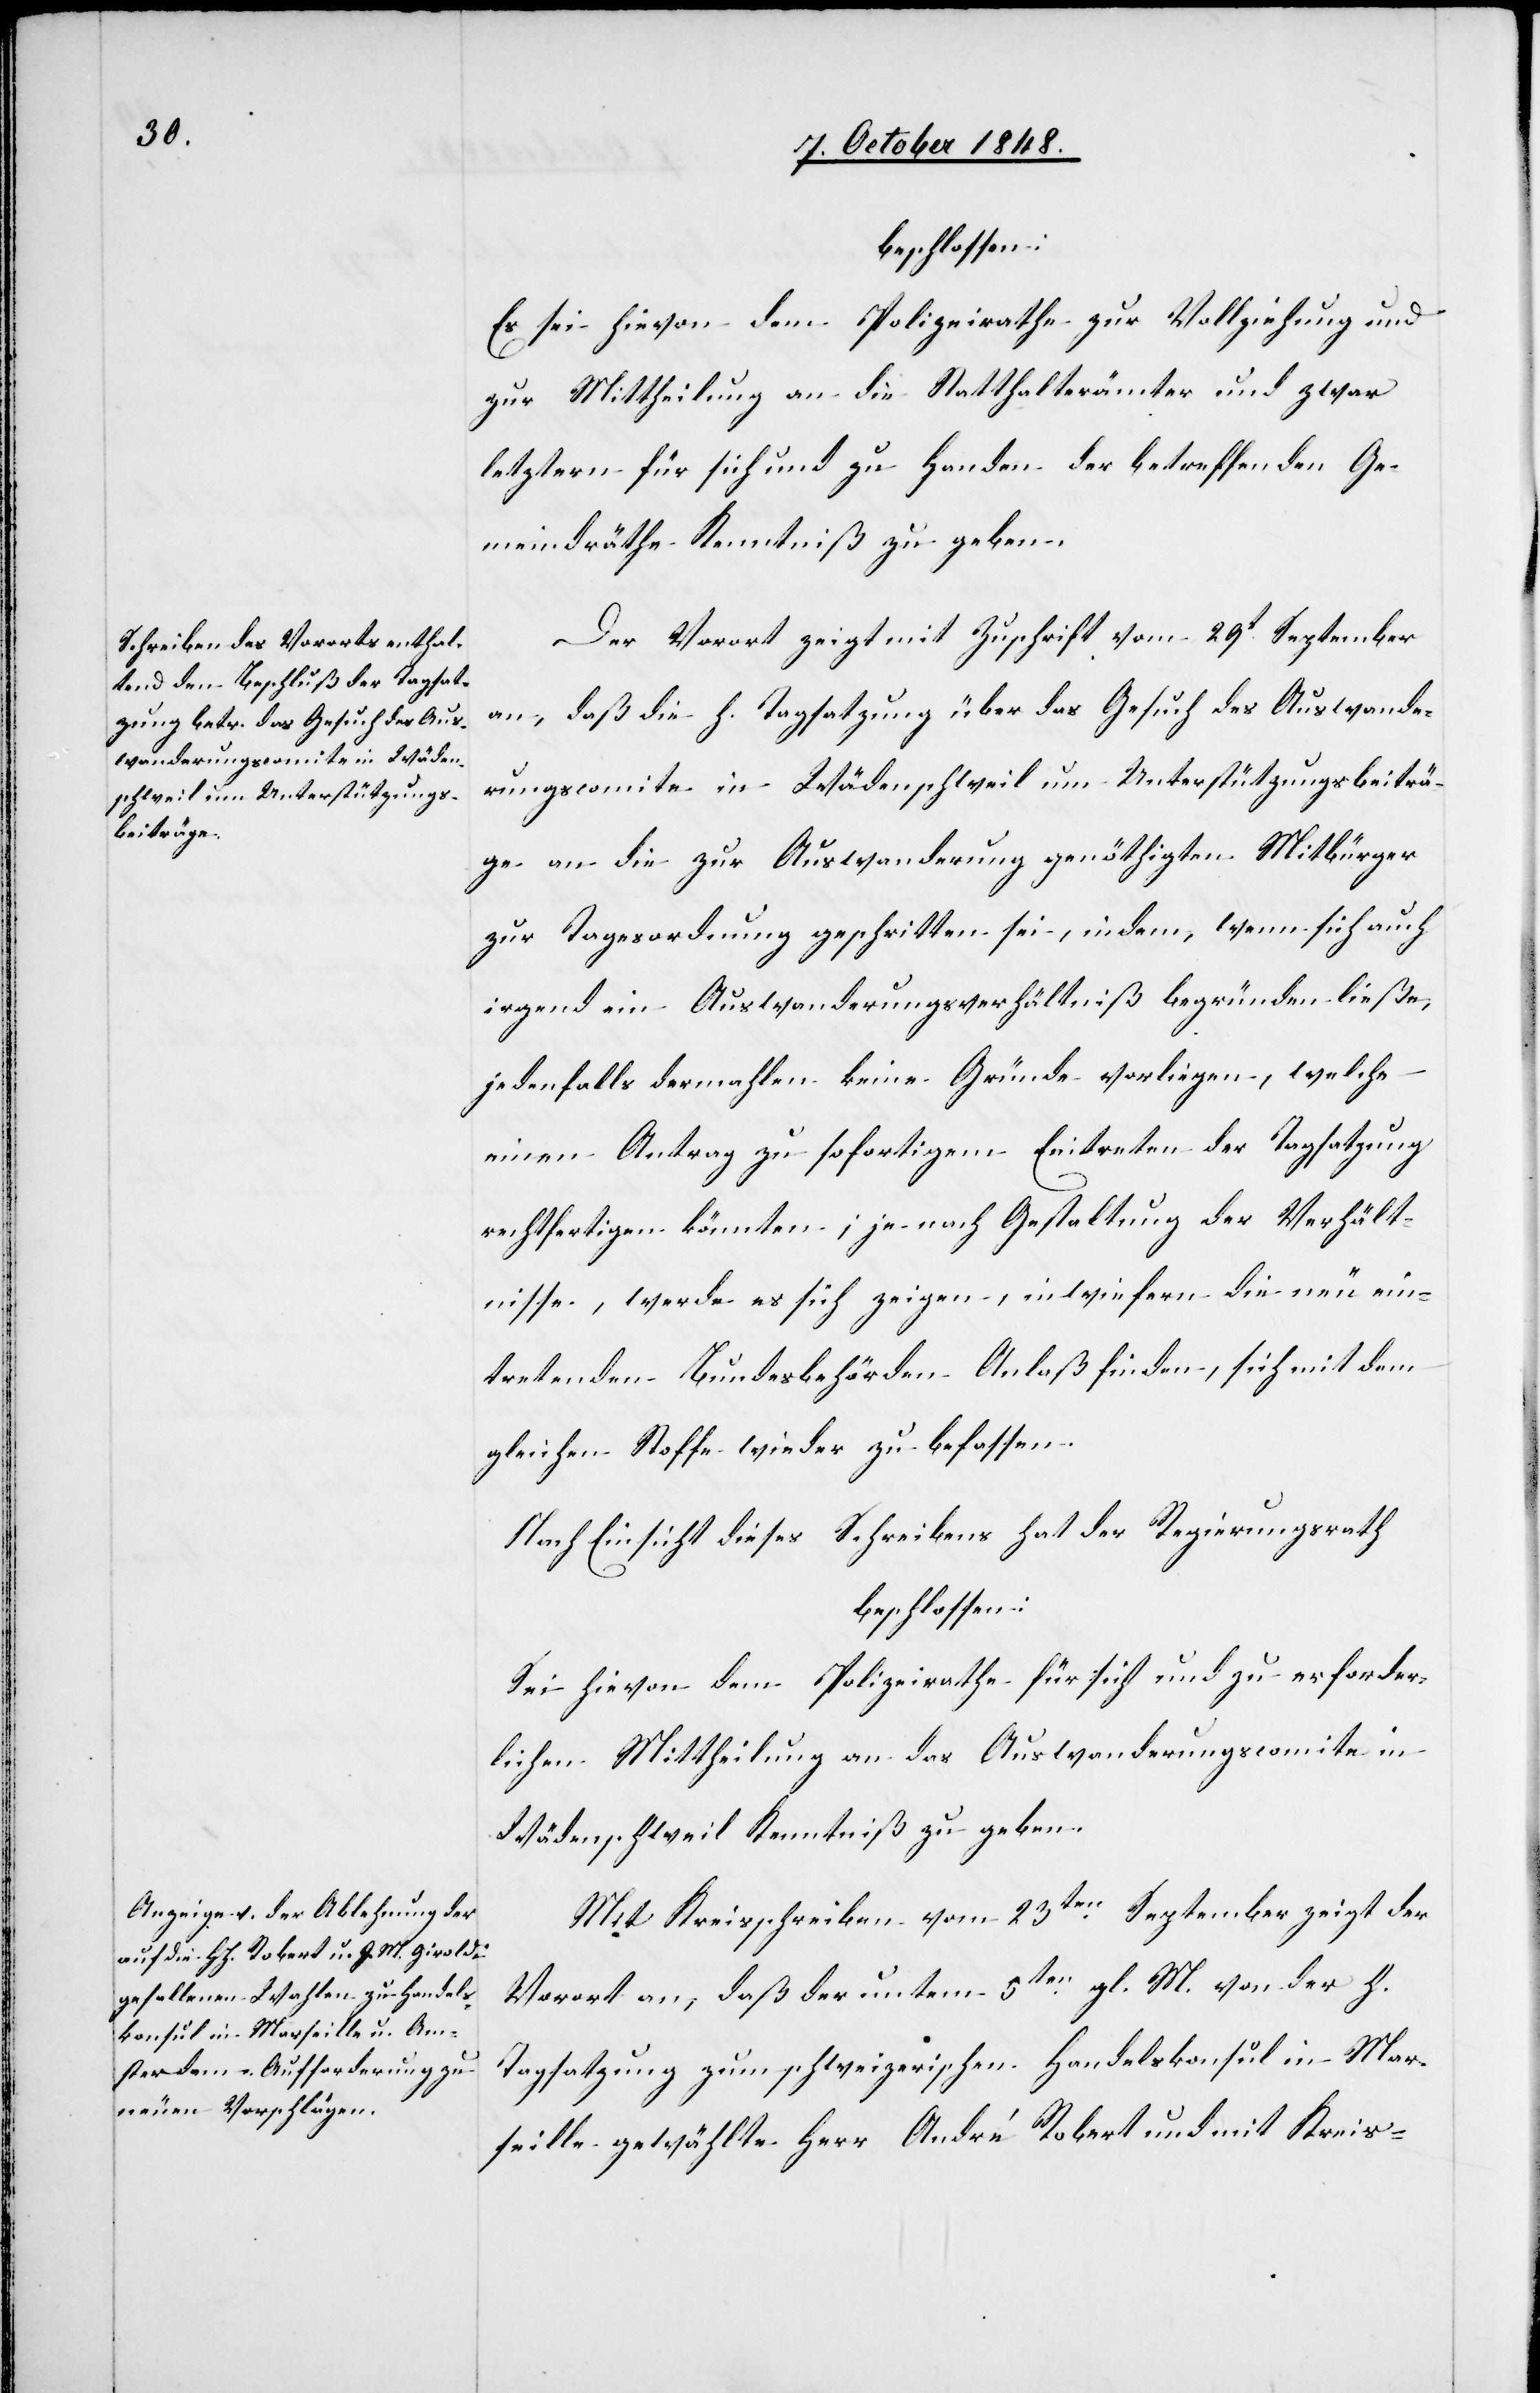
beschlossen:
Es sei hievon dem Polizeirathe zur Vollziehung und
zur Mittheilung an die Statthalterämter und zwar
letztern für sich und zu Handen der betreffenden Ge¬
meindräthe Kenntniß zu geben.
Der Vorort zeigt mit Zuschrift vom 29t September
an, daß die h. Tagsatzung über das Gesuch des Auswande¬
rungscomite in Wädenschweil um Unterstützungsbeiträ¬
ge an die zur Auswanderung genöthigten Mitbürger
zur Tagesordnung geschritten sei, indem, wenn sich auch
irgend ein Auswanderungsverhältniß begründen ließe,
jedenfalls dermahlen keine Gründe vorliegen, welche
einen Antrag zu sofortigem Eintreten der Tagsatzung
rechtfertigen könnten; je nach Gestaltung der Verhält¬
nisse, werde es sich zeigen, inwiefern die neu ein¬
tretenden Bundesbehörden Anlaß finden, sich mit dem
gleichen Stoffe wieder zu befassen.
Nach Einsicht dieses Schreibens hat der Regierungsrath
beschlossen:
Sei hievon dem Polizeirathe für sich und zu erforder¬
lichen Mittheilung an das Auswanderungscomite in
Wädenschweil Kenntniß zu geben.
Mit Kreisschreiben vom 23ten September zeigt der
Vorort an, daß der unte[r]m 5ten gl. M. von der h.
Tagsatzung zum schweizerischen Handelskonsul in Mar¬
seille gewählte Herr André Robert und mit Kreis-